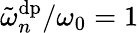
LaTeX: \tilde{\omega}_{n}^{\mathrm{dp}}/\omega_{0}=1